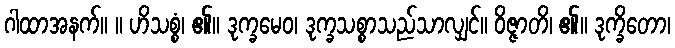
ဂါထာအနက်။ ။ ဟိသစ္စံ၊ ၏။ ဒုက္ခမေဝ၊ ဒုက္ခသစ္စာသည်သာလျှင်။ ဝိဇ္ဇာတိ၊ ၏။ ဒုက္ခိတော၊